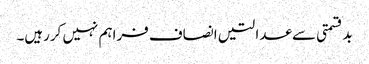
بدقسمتی سے عدالتیں انصاف فراہم نہیں کررہیں۔